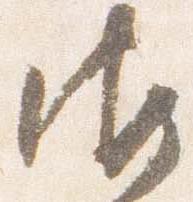
御